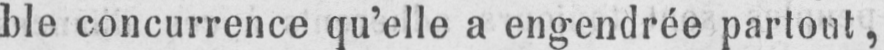
ble concurrence qu’elle a engendrée partout,